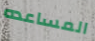
المساعده